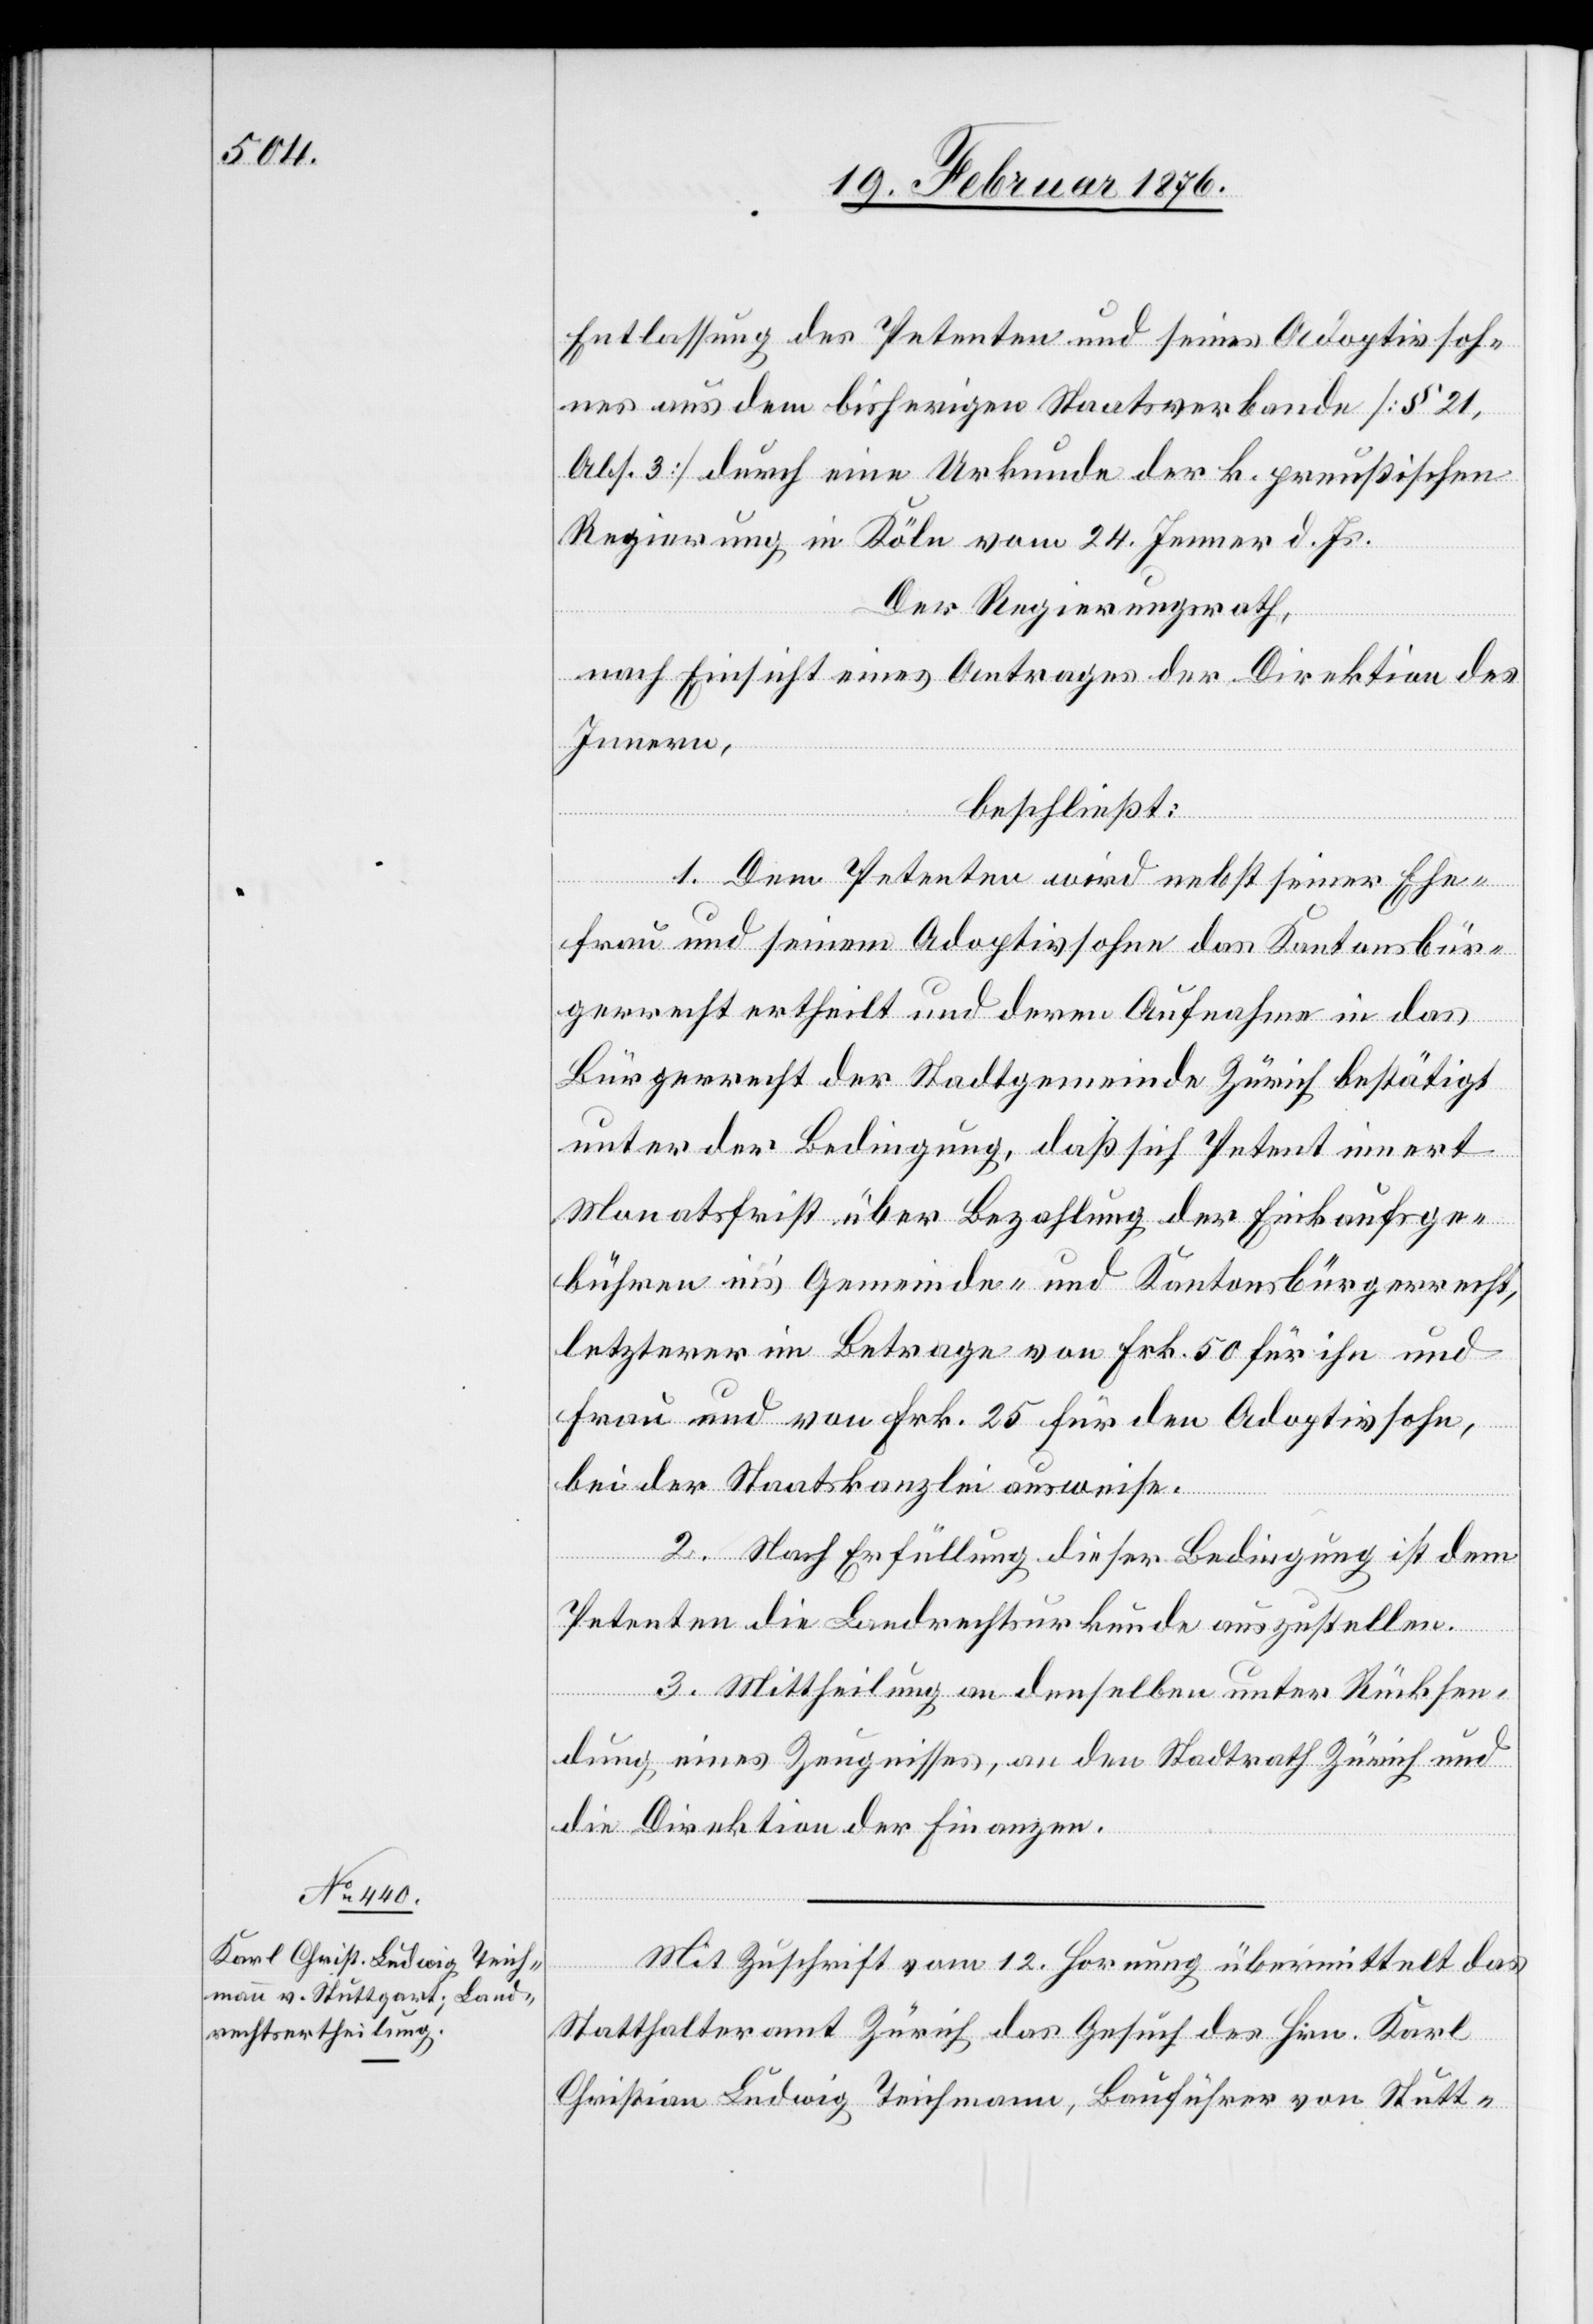
Mit Zuschrift vom 12. Hornung übermittelt das
Statthalteramt Zürich das Gesuch des Hrn. Karl
Christian Teichmann, Bauführer von Stutt-